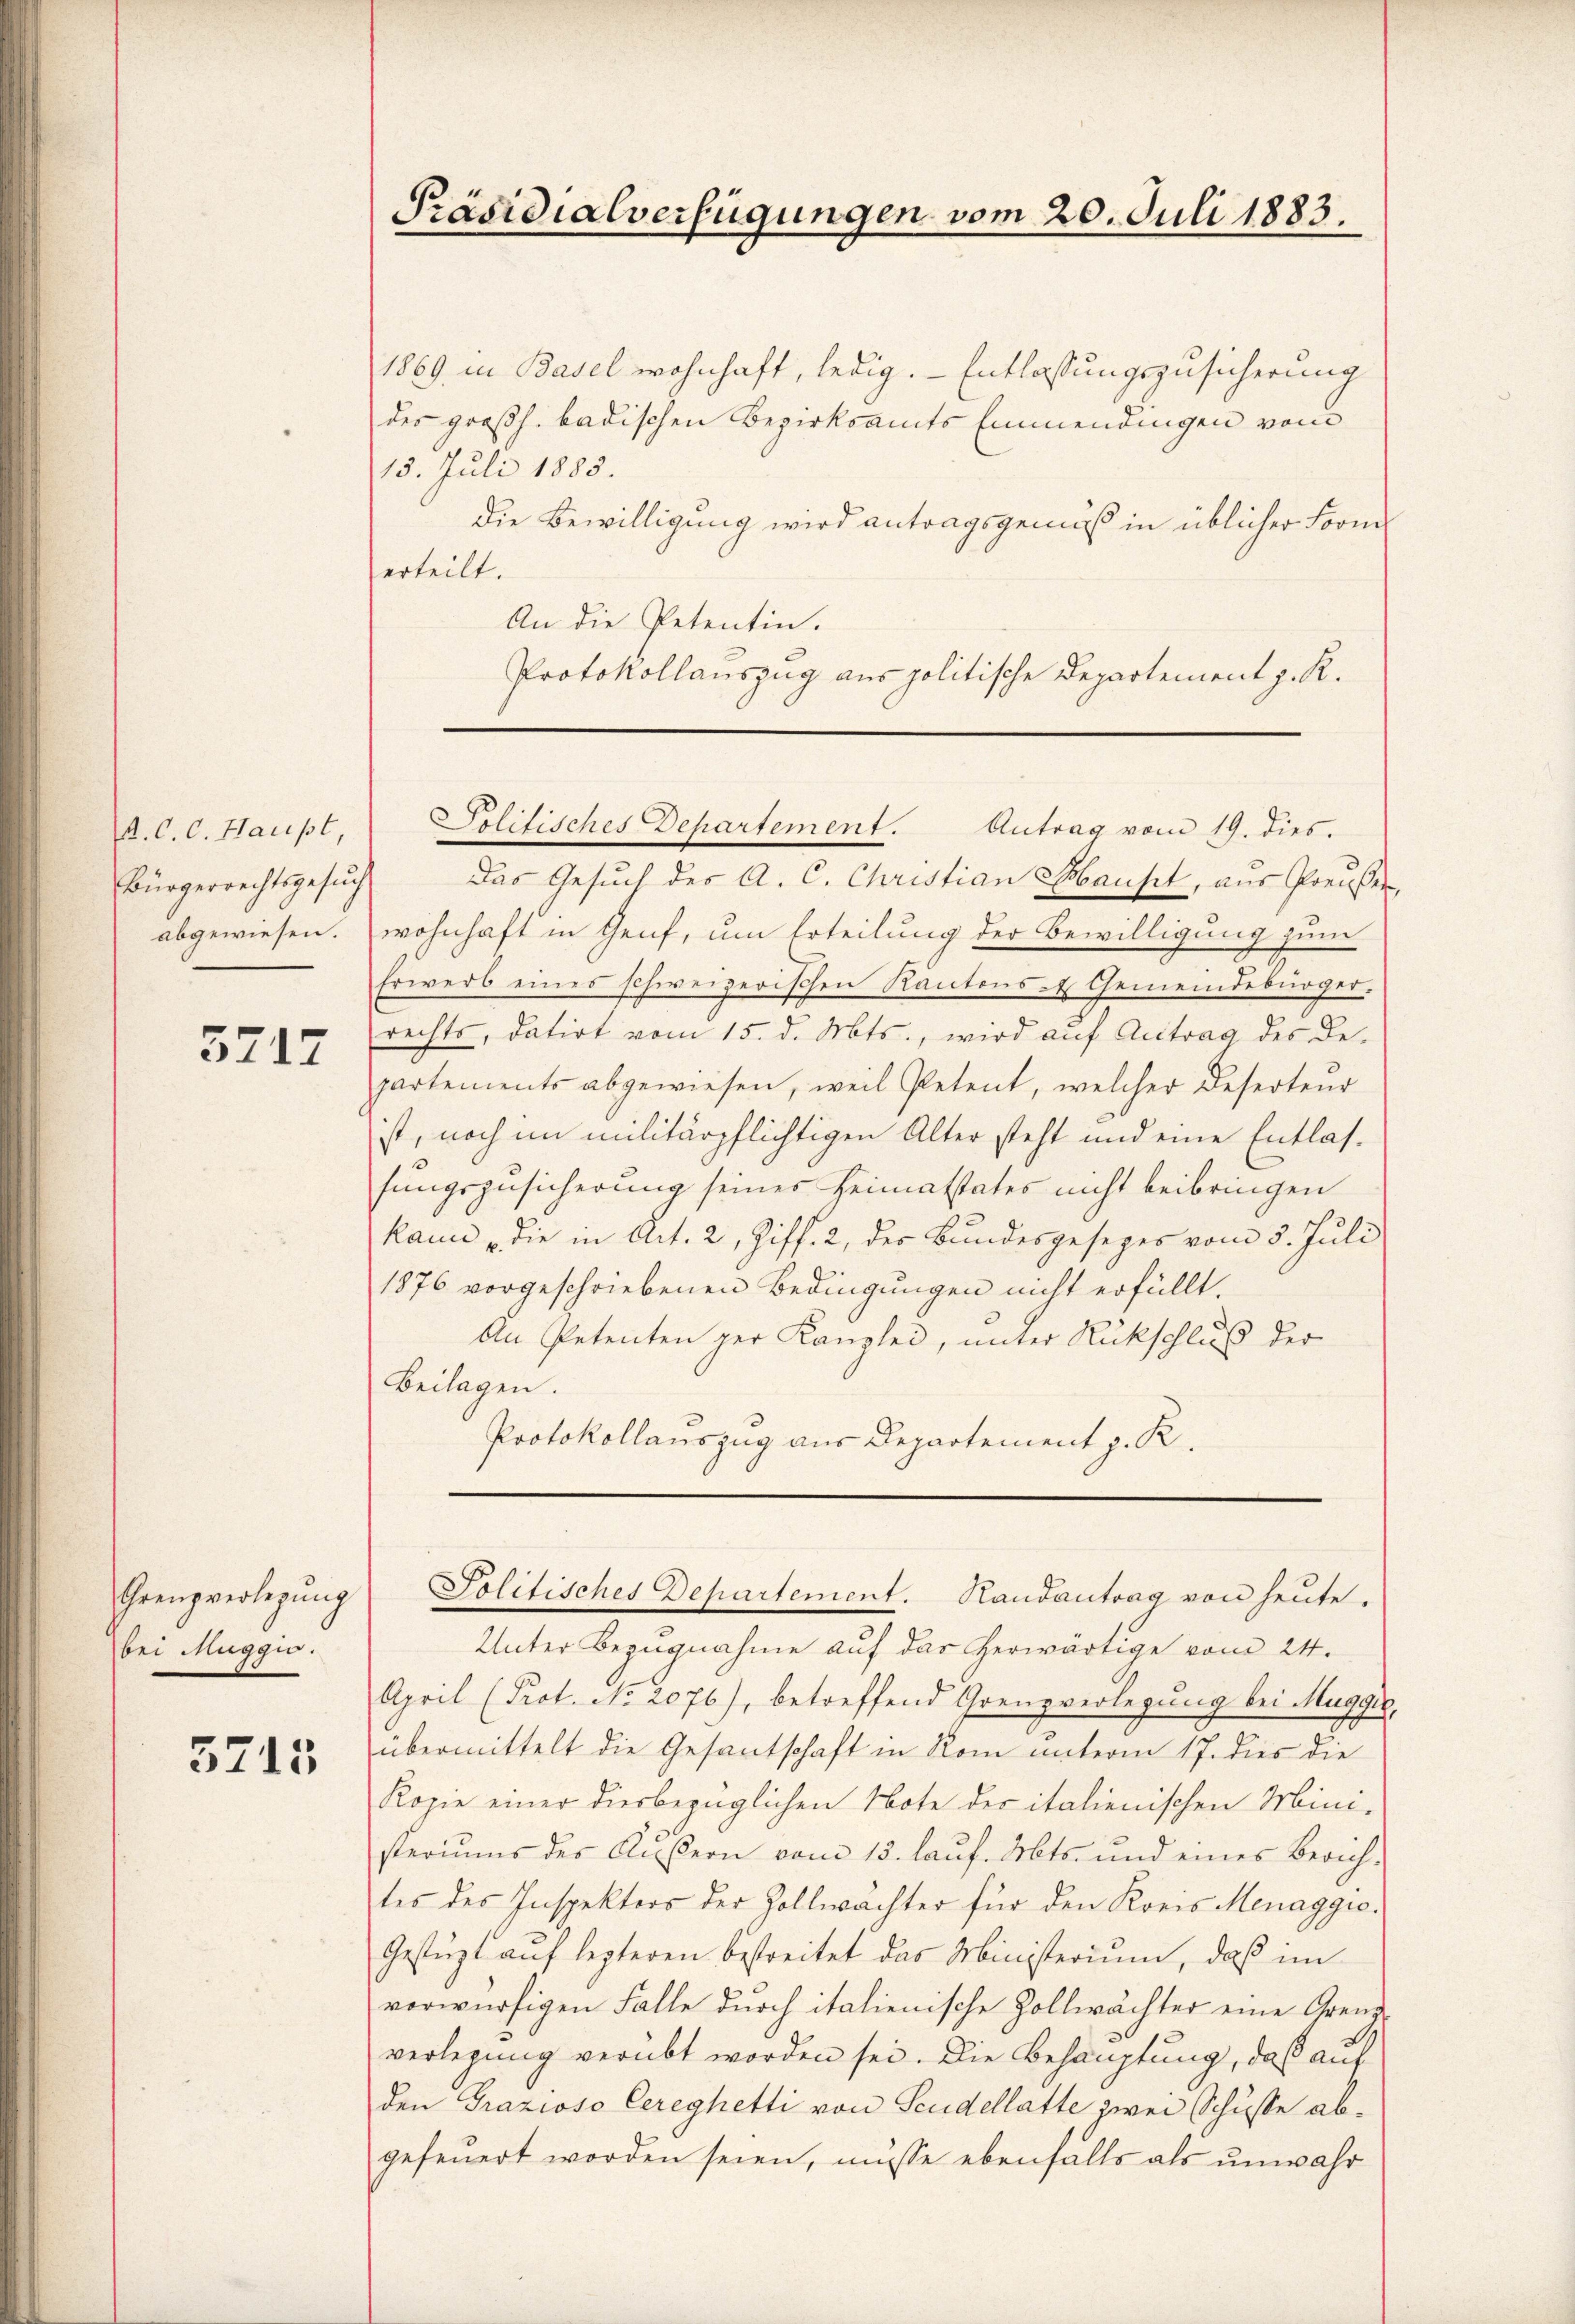
R. C. C. Haupt,
Bürgerrechtsgesuch
abgewiesen.

5717

Grenzverlegung
bei Muggio.

3715

Präsidialverfügungen vom 20. Juli 1883.

1869 in Basel wohnhaft, ledig. Entlassungszusicherung
des großh. badischen Bezirksamts Einmendingen vom
15. Juli 1885.
die Bewilligung wird antragsgemäß in üblicher Form
erteilt.
An die Petentin.
Protokollauszug aus politische Departement z. K.

Solitisches Departement. Antrag vom 19. dies.

Das Gesuch des A. C. Christian Hauset, aus Preußen,
wohnhaft in Genf, um Erteilung der Bewilligung zum
Erwerb eines schweizerischen Kantons- & Gemeindebürger.
rechts, datirt vom 15. d. Mts., wird auf Antrag des Departements abgewiesen, weil Petent, welcher Deserteur
ist, noch im militärpflichtigen Alter steht und eine Entlassungszusicherung seines Heimatstates nicht beibringen
kann die in Art. 2, Ziff. 2, des Bundesgesezes vom 5. Juli
1876 vorgeschriebenen Bedingungen nicht erfüllt.
An Petenten ger Kanzlei, unter Rückschluß der
Beilagen.
Protokollauszug aus Departement z. R.
Politisches Departement. Handantrag von heute.
Unter Bezugnahme auf das herwärtige vom 24.
April (Prot. No. 2076), betreffend Grenzverlegung bei Mugger,
übermittelt die Gesantschaft in Rom unterm 17. dies die
Kopie einer diesbezüglichen Note der italienischen Mini-
steriums des Äußern vom 15. lauf. Mts. und eines Zürichtes des Inspektors der Zollwachter für den Kreis Menaggio.
Gestüzt auf lezteren bestreitet das Ministerium, daß im
vorwürfigen Falle durch italienische Zollwächter eine Grenzverlegung verübt worden sei. Die Behauptung, daß auf
den Grazioso Cereghetti von Seidellatte zwei Schüsse abgefeŭert worden seien, müsse ebenfalls als unwahr